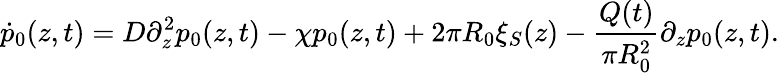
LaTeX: \dot{p}_{0}(z,t)=D\partial_{z}^{2}p_{0}(z,t)-\chi p_{0}(z,t)+2\pi R_{0}\xi_{S}(z)-\frac{Q(t)}{\pi R_{0}^{2}}\partial_{z}p_{0}(z,t).